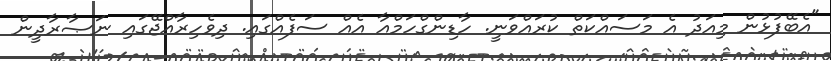
"އެބޭފުޅުން މިއަދު އެ މަސައްކަތް ކުރައްވަނީ. ހާޑިންގްހަމްއާ އެއް ސަފެއްގައި. ދިވެހިރާއްޖޭގައި ނަޞާރާދީން